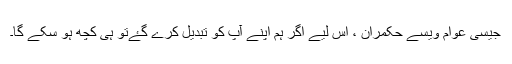
جیسی عوام ویسے حکمران ، اس لیے اگر ہم اپنے آپ کو تبدیل کرے گۓتو ہی کچھ ہو سکے گا۔